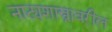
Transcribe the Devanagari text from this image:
नाट्यशास्त्रावरील